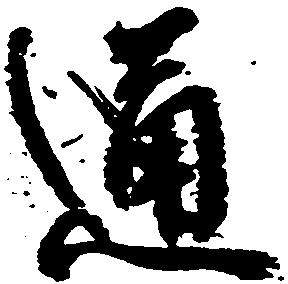
通